Scottish Leaving Certificate Examination, 1953
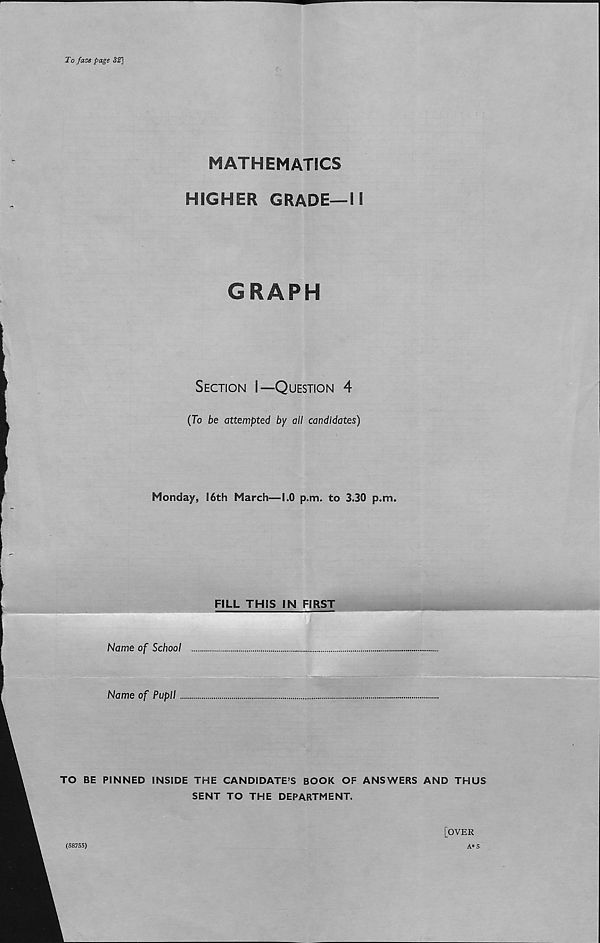
To face page 32]
MATHEMATICS
HIGHER GRADE—II
GRAPH
Section I—Question 4
(To be attempted by all candidates)
Monday, !6th March—1.0 p.m. to 3.30 p.m.
FILL THIS IN FIRST
Name of School
Name of Pupil
TO BE PINNED INSIDE THE CANDIDATE’S BOOK OF ANSWERS AND THUS
SENT TO THE DEPARTMENT.
[OVER
(58755)
A* 5